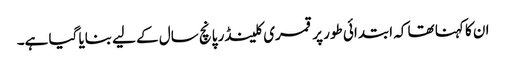
ان کا کہنا تھا کہ ابتدائی طور پر قمری کلینڈر پانچ سال کے لیے بنایا گیا ہے۔